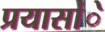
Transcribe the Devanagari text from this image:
प्रयासांे